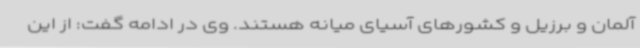
آلمان و برزیل و کشورهای آسیای میانه هستند. وی در ادامه گفت: از این